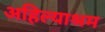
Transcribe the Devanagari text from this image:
अहिल्याश्रम